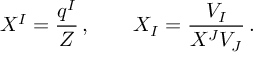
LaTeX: X ^ { I } = \frac { q ^ { I } } { Z } \, , \qquad X _ { I } = \frac { V _ { I } } { X ^ { J } V _ { J } } \, .